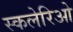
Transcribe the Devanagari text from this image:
स्कलेरिओ